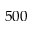
5 0 0